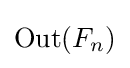
\mathrm {Out} (F_{n})